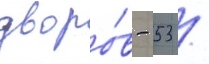
дворо́в - 53 /